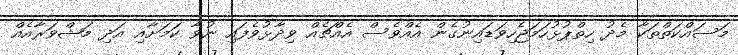
މަސައްކަތްތަކާ މެދު ހިތްޕުޅުހަމަޖެހިވަޑައިނުގެން އެއްވެސް އެއްޗެއް ވިދާޅުވެފައި ނުވާ ކަމަށާއި އަދި މަޝްވަރާއެއް